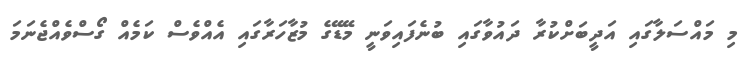
މި މައްސަލާގައި އަދީބަށްކުރާ ދައުވާގައި ބުނެފައިވަނީ މޭޑޭގެ މުޒާހަރާގައި އެއްވެސް ކަމެއް ގޯސްވެއްޖެނަމަ